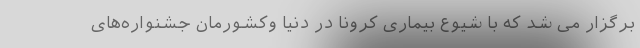
برگزار می شد که با شیوع بیماری کرونا در دنیا و‌کشورمان جشنواره‌های